Vaccination in Bombay 1913-1923 - 1913-1923
Year: 1913
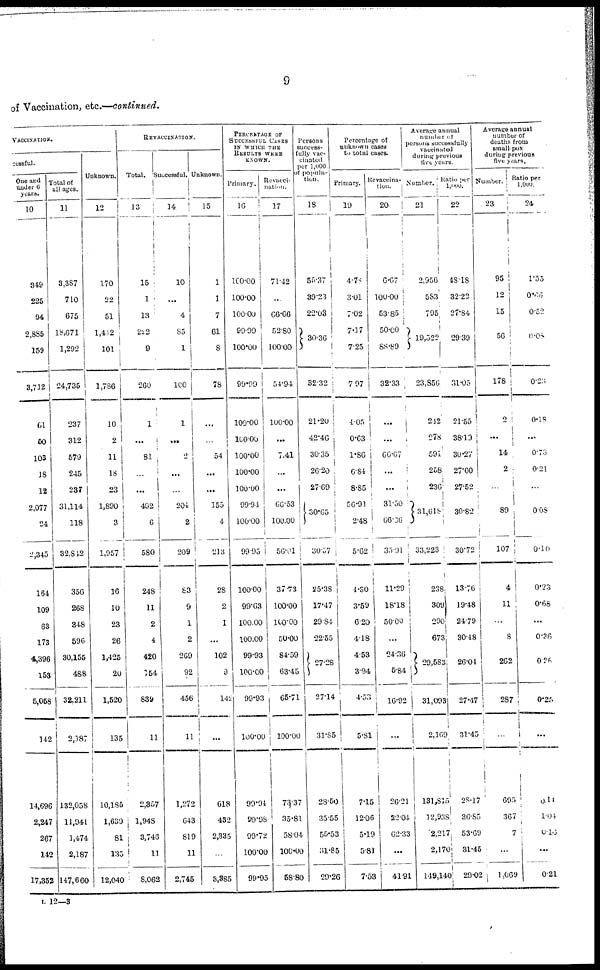
9
of Vaccination, etc.—continued.
VACCINATION.
cessful.
One and
under 6
years.
10
349
225
94
2,885
159
3,712
61
50
103
18
12
2,077
24
2,345
164
109
63
173
4,396
153
5,058
142
14,696
2,247
267
142
17,352
Total of
all ages.
11
3,387
710
675
18,671
1,292
24,735
237
312
579
245
237
31,114
118
32,842
356
268
348
596
30,155
488
32,211
2,187
132,058
11,941
1,474
2,187
147,660
Unknown.
12
170
22
51
1,412
101
1,786
10
2
11
18
23
1,890
3
1,957
16
10
23
26
1,425
20
1,520
135
10,185
1,639
81
135
12,040
REVACCINATION.
Total.
13
15
1
13
222
9
260
1
...
81
...
...
492
6
580
248
11
2
4
420
154
839
11
2,357
1,948
3,746
11
8,062
Successful.
14
10
...
4
85
1
100
1
...
2
...
...
204
2
209
83
9
1
2
269
92
456
11
1,272
643
819
11
2,745
Unknown.
15
1
1
7
61
8
78
...
...
54
...
...
155
4
213
28
2
1
...
102
9
142
...
618
432
2,335
...
3,385
PERCENTAGE OF
SUCCESSFUL CASES
IN WHICH THE
RESULTS WERE
KNOWN.
Primary.
16
100.00
100.00
100.00
99.99
100.00
99.99
100.00
100.00
100.00
100.00
100.00
99.94
100.00
99.95
100.00
99.63
100.00
100.00
99.93
100.00
99.93
100.00
99.94
99.98
99.72
100.00
99.95
Revacci-
nation.
17
71.42
...
66.66
52.80
100.00
54.94
100.00
...
7.41
...
...
66.53
100.00
56.01
37.73
100.00
100.00
50.00
84.59
63.45
65.71
100.00
73.37
35.81
58.04
100.00
58.80
Persons
success-
fully vac-
cinated
per 1,000
of popula-
tion.
18
55.37
39.23
22.03
30.36
32.32
21.20
42.46
30.35
26.20
27.69
30.65
30.57
25.38
17.47
29.84
22.55
27.28
27.14
31.85
28.50
35.55
55.53
31.85
29.26
Percentage of
unknown cases
to total cases.
Primary.
19
4.78
3.01
7.02
7.17
7.25
7.97
4.05
0.63
1.86
6.84
8.85
56.91
2.48
5.62
4.30
3.59
6.20
4.18
4.53
3.94
4.53
5.81
7.15
12.06
5.19
5.81
7.53
Revaccina-
tion.
20
6.67
100.00
53.85
50.00
88.89
32.33
...
...
66.67
...
...
31.50
66.36
35.91
11.29
18.18
50.00
...
24.36
5.84
16.92
...
26.21
22.04
62.33
...
41.91
Average annual
number of
persons successfully
vaccinated
during previous
five years.
Number.
21
2,956
583
795
19,522
23,856
242
278
591
258
236
31,618
33,223
238
309
290
673
29,583
31,093
2,169
131,815
12,938
2,217
2,170
149,140
Ratio per
1,000.
22
48.18
32.22
27.84
29.39
31.05
21.55
38.19
30.27
27.60
27.52
30.82
30.72
13.76
19.48
24.79
30.48
26.04
27.47
31.45
28.17
36.85
53.69
31.45
29.02
Average annual
number of
deaths from
small-pox
during previous
five years.
Number.
23
95
12
15
56
178
...
...
14
2
...
89
107
4
11
...
8
262
287
...
695
367
7
...
1,069
Ratio per
1,000.
24
1.55
0.66
0.52
0.08
0.23
0.18
...
0.73
0.21
...
0.08
0.10
0.23
0.68
...
0.36
0.26
0.25
...
0.14
1.04
0.16
...
0.21
L 12—3